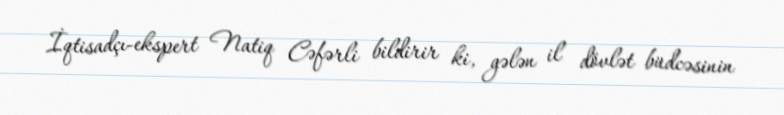
İqtisadçı-ekspert Natiq Cəfərli bildirir ki, gələn il dövlət büdcəsinin